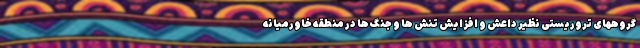
گروههای تروریستی نظیر داعش و افزایش تنش ها و جنگ ها در منطقه خاورمیانه